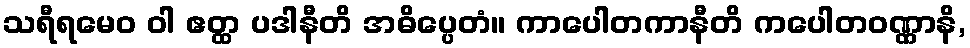
သရီရမေဝ ဝါ ဧတ္ထ ပဒါနီတိ အဓိပ္ပေတံ။ ကာပေါတကာနီတိ ကပေါတဝဏ္ဏာနိ,